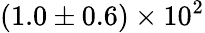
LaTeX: (1.0\pm 0.6)\times 10^{2}